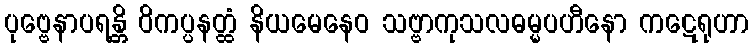
ပုဗ္ဗေနာပရန္တိ ဝိကပ္ပနတ္ထံ နိယမေနေဝ သဗ္ဗာကုသလဓမ္မပဟီနော ကဋေရုဟာ